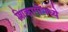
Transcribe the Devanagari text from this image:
शिकागोमध्ये